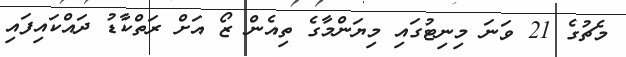
މެޗުގެ 21 ވަނަ މިނިޓުގައި މިޔަންމާގެ ތިއެން ޒޯ އަށް ރަތްކާޑު ދައްކަައިފައި